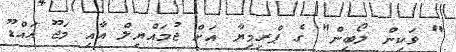
" ވަކިން ލޯބިން" ގެ ޕްރިމިޔާ އަށް ޖުމައްޔިލް އާއި މަޖޫ އައްޑޫ